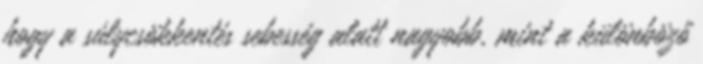
hogy a súlycsökkentés sebesség alatt nagyobb, mint a különböző